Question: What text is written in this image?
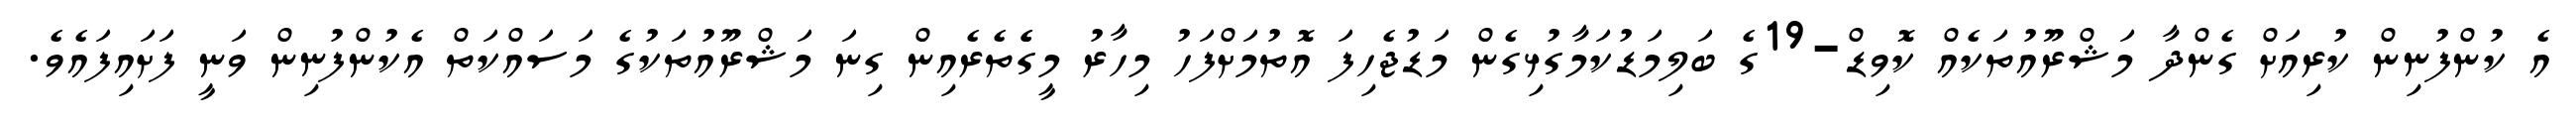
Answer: އެ ކުންފުނިން ކުރިއަށް ގެންދާ މަޝްރޫއުތަކެއް ކޮވިޑް-19ގެ ބަލިމަޑުކަމާގުޅިގެން މަޑުޖެހިފަ އޮތުމަށްފަހު މިހާރު މީގެެތެރެއިން ގިނަ މަޝްރޫއުތަކުގެ މަސައްކަތް އެކުންފުނިން ވަނީ ފަށައިފައެވެ.